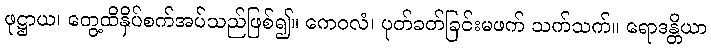
ဖုဋ္ဌာယ၊ တွေ့ထိနှိပ်စက်အပ်သည်ဖြစ်၍။ ကေဝလံ၊ ပုတ်ခတ်ခြင်းမဖက် သက်သက်။ ရောဒန္တိယာ